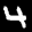
Label: 4